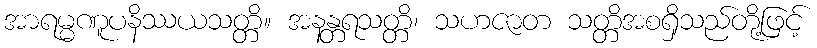
အာရမ္မဏူပနိဿယသတ္တိ။ အနန္တရသတ္တိ၊ သဟဇာတ သတ္တိအစရှိသည်တို့ဖြင့်